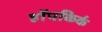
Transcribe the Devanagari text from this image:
हॉपकिर्क